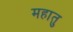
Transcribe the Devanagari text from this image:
महातु